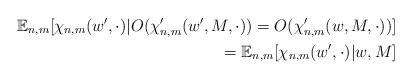
LaTeX: \begin{align*} \mathbb{E}_{n,m} [ \chi_{n,m}(w', \cdot) | O(\chi_{n,m}'(w', M, \cdot)) = O(\chi_{n,m}'(w, M, \cdot))] \\ = \mathbb{E}_{n,m} [ \chi_{n,m}(w', \cdot) | w, M]\end{align*}